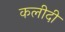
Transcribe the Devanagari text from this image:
कलीदी